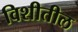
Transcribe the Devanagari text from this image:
विशीतील